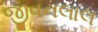
જીવનલાલ